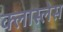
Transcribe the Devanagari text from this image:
क्लास्लेस